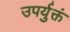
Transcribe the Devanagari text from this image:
उपर्युक्तं